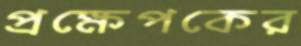
প্রক্ষেপকের